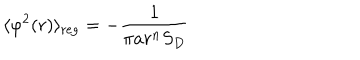
\langle \varphi ^ { 2 } ( r ) \rangle _ { \mathrm { r e g } } = - \frac { 1 } { \pi a r ^ { n } S _ { D } }